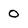
Character: 0